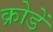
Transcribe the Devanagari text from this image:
क्रोडें